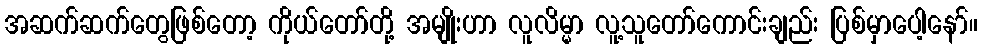
အဆက်ဆက်တွေဖြစ်တော့ ကိုယ်တော်တို့ အမျိုးဟာ လူလိမ္မာ လူ့သူတော်ကောင်းချည်း ပြစ်မှာပေါ့နော်။